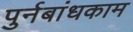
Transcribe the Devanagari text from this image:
पुर्नबांधकाम